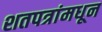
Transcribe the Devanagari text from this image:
शतपत्रांमधून